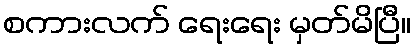
စကားလက် ရေးရေး မှတ်မိပြီ။